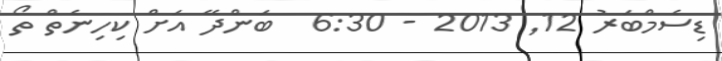
ޑިސެމްބަރު 12